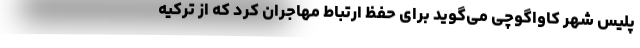
پلیس شهر کاواگوچی می‌گوید برای حفظ ارتباط مهاجران کرد که از ترکیه